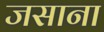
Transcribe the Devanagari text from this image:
जसाना